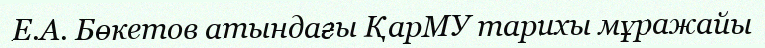
Е.А. Бөкетов атындағы ҚарМУ тарихы мұражайы